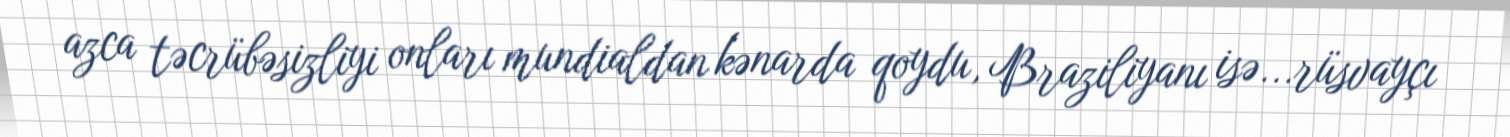
azca təcrübəsizliyi onları mundialdan kənarda qoydu, Braziliyanı isə...rüsvayçı